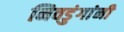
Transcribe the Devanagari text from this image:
निवडुंगांनी